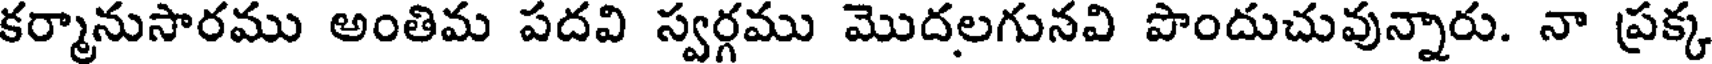
కర్మానుసారము అంతిమ పదవి స్వర్గము మొదలగునవి పొందుచువున్నారు. నా ప్రక్క